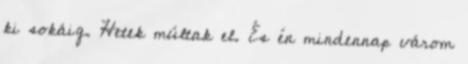
ki sokáig. Hetek múltak el. És én mindennap várom